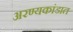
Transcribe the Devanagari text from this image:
अरण्यकांडात